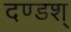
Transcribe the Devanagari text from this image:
दण्डश्